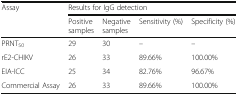
| <ROWSPAN=2> Assay | <COLSPAN=4> Results for IgG detection |
 | Positive samples | Negative samples | Sensitivity (%) | Specificity (%) |
 | --- | --- | --- | --- | --- |
 | PRNT50 | 29 | 30 | – | – |
 | rE2-CHIKV | 26 | 33 | 89.66% | 100.00% |
 | EIA-ICC | 25 | 34 | 82.76% | 96.67% |
 | Commercial Assay | 26 | 33 | 89.66% | 100.00% |